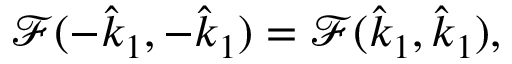
\mathcal { F } ( - \hat { k } _ { 1 } , - \hat { k } _ { 1 } ) = \mathcal { F } ( \hat { k } _ { 1 } , \hat { k } _ { 1 } ) ,